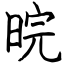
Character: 晥